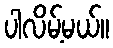
ပါလိမ့်မယ်။